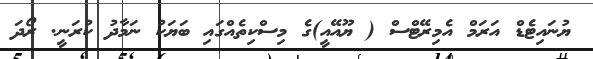
ޔުނައިޓެޑް އަރަމް އެމިރޭޓްސް ( ޔޫއޭއީ)ގެ މިސްކިތެއްގައި ބަޔަކު ނަމާދު ކުރަނީ. ރޯދަ